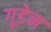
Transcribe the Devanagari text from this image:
गूडेन